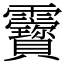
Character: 靌